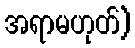
အရာမဟုတ်)